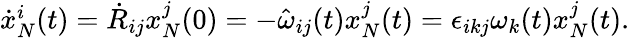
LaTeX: \begin{array}{r}{\dot{x}_{N}^{i}(t)=\dot{R}_{ij}x_{N}^{j}(0)=-\hat{\omega}_{ij}(t)x_{N}^{j}(t)=\epsilon_{ikj}\omega_{k}(t)x_{N}^{j}(t).}\end{array}